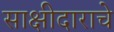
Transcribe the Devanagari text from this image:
साक्षीदाराचे